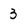
Character: 3